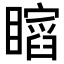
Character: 𥋺